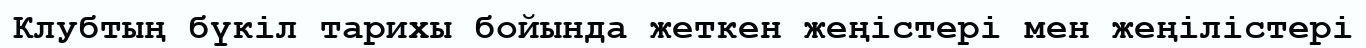
Клубтың бүкіл тарихы бойында жеткен жеңістері мен жеңілістері